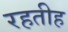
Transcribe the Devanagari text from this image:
रहतीह